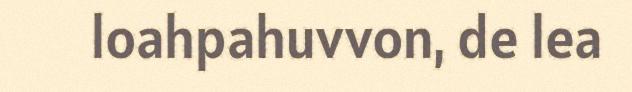
loahpahuvvon, de lea